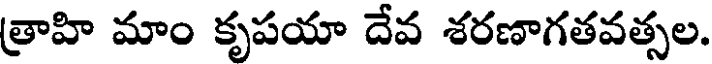
త్రాహి మాం కృపయా దేవ శరణాగతవత్సల.